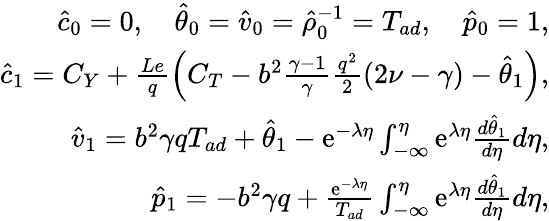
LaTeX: \begin{array}{r}{\hat{c}_{0}=0,\quad\hat{\theta}_{0}=\hat{v}_{0}=\hat{\rho}_{0}^{-1}=T_{ad},\quad\hat{p}_{0}=1,}\\ {\hat{c}_{1}=C_{Y}+\frac{Le}{q}\left(C_{T}-b^{2}\frac{\gamma-1}{\gamma}\frac{q^{2}}{2}(2\nu-\gamma)-\hat{\theta}_{1}\right),}\\ {\hat{v}_{1}=b^{2}\gamma qT_{ad}+\hat{\theta}_{1}-\mathrm{e}^{-\lambda\eta}\int_{-\infty}^{\eta}\mathrm{e}^{\lambda\eta}\frac{d\hat{\theta}_{1}}{d\eta}d\eta,}\\ {\hat{p}_{1}=-b^{2}\gamma q+\frac{\mathrm{e}^{-\lambda\eta}}{T_{ad}}\int_{-\infty}^{\eta}\mathrm{e}^{\lambda\eta}\frac{d\hat{\theta}_{1}}{d\eta}d\eta,}\end{array}